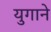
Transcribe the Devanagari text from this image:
युगाने